Scottish Leaving Certificate Examination, 1951
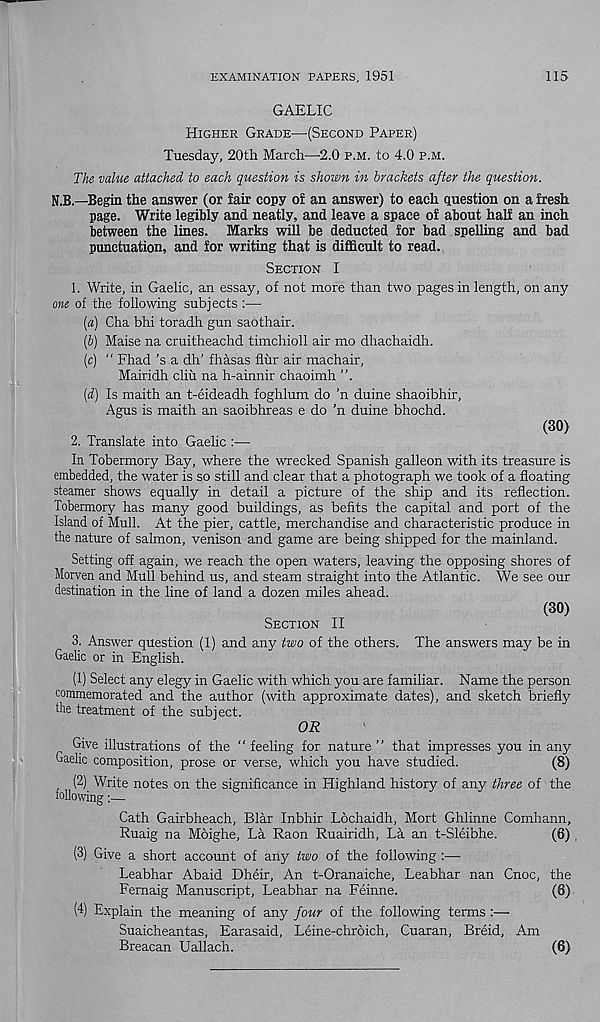
EXAMINATION PAPERS, 1951
115
GAELIC
Higher Grade—{Second Paper)
Tuesday, 20th March—2.0 p.m. to 4.0 p.m.
The value attached to each question is shown in brackets after the question.
N.B.—Begin the answer (or fair copy of an answer) to each question on a fresh
page. Write legibly and neatly, and leave a space of about half an inch
between the lines. Marks will be deducted for bad spelling and bad
punctuation, and for writing that is difficult to read.
Section I
1. Write, in Gaelic, an essay, of not more than two pages in length, on any
one of the following subjects :—
[a) Cha bhi toradh gun saothair.
[b) Maise na cruitheachd timchioll air mo dhachaidh.
[c) “ Fhad’s a dh’ fhasas flur air machair,
Mairidh cliu na h-ainnir chaoimh ”.
[d) Is maith an t-eideadh foghlum do ’n duine shaoibhir,
Agus is maith an saoibhreas e do ’n duine bhochd.
(30)
2. Translate into Gaelic :—
In Tobermory Bay, where the wrecked Spanish galleon with its treasure is
embedded, the water is so still and clear that a photograph we took of a floating
steamer shows equally in detail a picture of the ship and its reflection.
Tobermory has many good buildings, as befits the capital and port of the
Island of Mull. At the pier, cattle, merchandise and characteristic produce in
the nature of salmon, venison and game are being shipped for the mainland.
Setting off again, we reach the open waters, leaving the opposing shores of
Morven and Mull behind us, and steam straight into the Atlantic. We see our
destination in the line of land a dozen miles ahead.
(30)
Section II
3. Answer question (1) and any two of the others. The answers may be in
Gaelic or in English.
(1) Select any elegy in Gaelic with which you are familiar. Name the person
commemorated and the author (with approximate dates), and sketch briefly
the treatment of the subject.
OR
Give illustrations of the “feeling for nature" that impresses you in any
Gaelic composition, prose or verse, which you have studied.
(8)
(2) Write notes on the significance in Highland history of any three of the
following:—
Cath Gairbheach, Blar Inbhir Lochaidh, Mort Ghlinne Comhann,
Ruaig na Moighe, La Raon Ruairidh, La an t-Sleibhe.
(8) ,
(3) Give a short account of any two of the following :—•
Leabhar Abaid Dheir, An t-Oranaiche, Leabhar nan Cnoc, the
Fernaig Manuscript, Leabhar na Feinne.
(6)
(4) Explain the meaning of any four of the following terms :—
Suaicheantas, Earasaid, Leine-chroich, Cuaran, Breid, Am
Breacan Uallach.
(6)